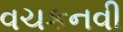
વચકનવી